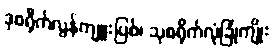
ဒုစရိုက်လွန်ကျူးပြစ်၊ သုစရိုက်လုံခြုံကျိုး